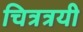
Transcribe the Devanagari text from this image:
चित्रत्रयी